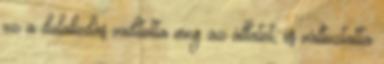
ez a dulakodás vadította meg az állatot, és változtatta